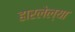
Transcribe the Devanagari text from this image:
हारलेल्या